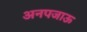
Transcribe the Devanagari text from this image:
अनपजाऊ